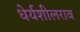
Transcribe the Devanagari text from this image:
धेर्यशीलराव